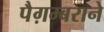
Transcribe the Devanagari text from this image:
पैग़म्बराने